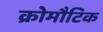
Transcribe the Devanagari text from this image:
क्रोमौटिक